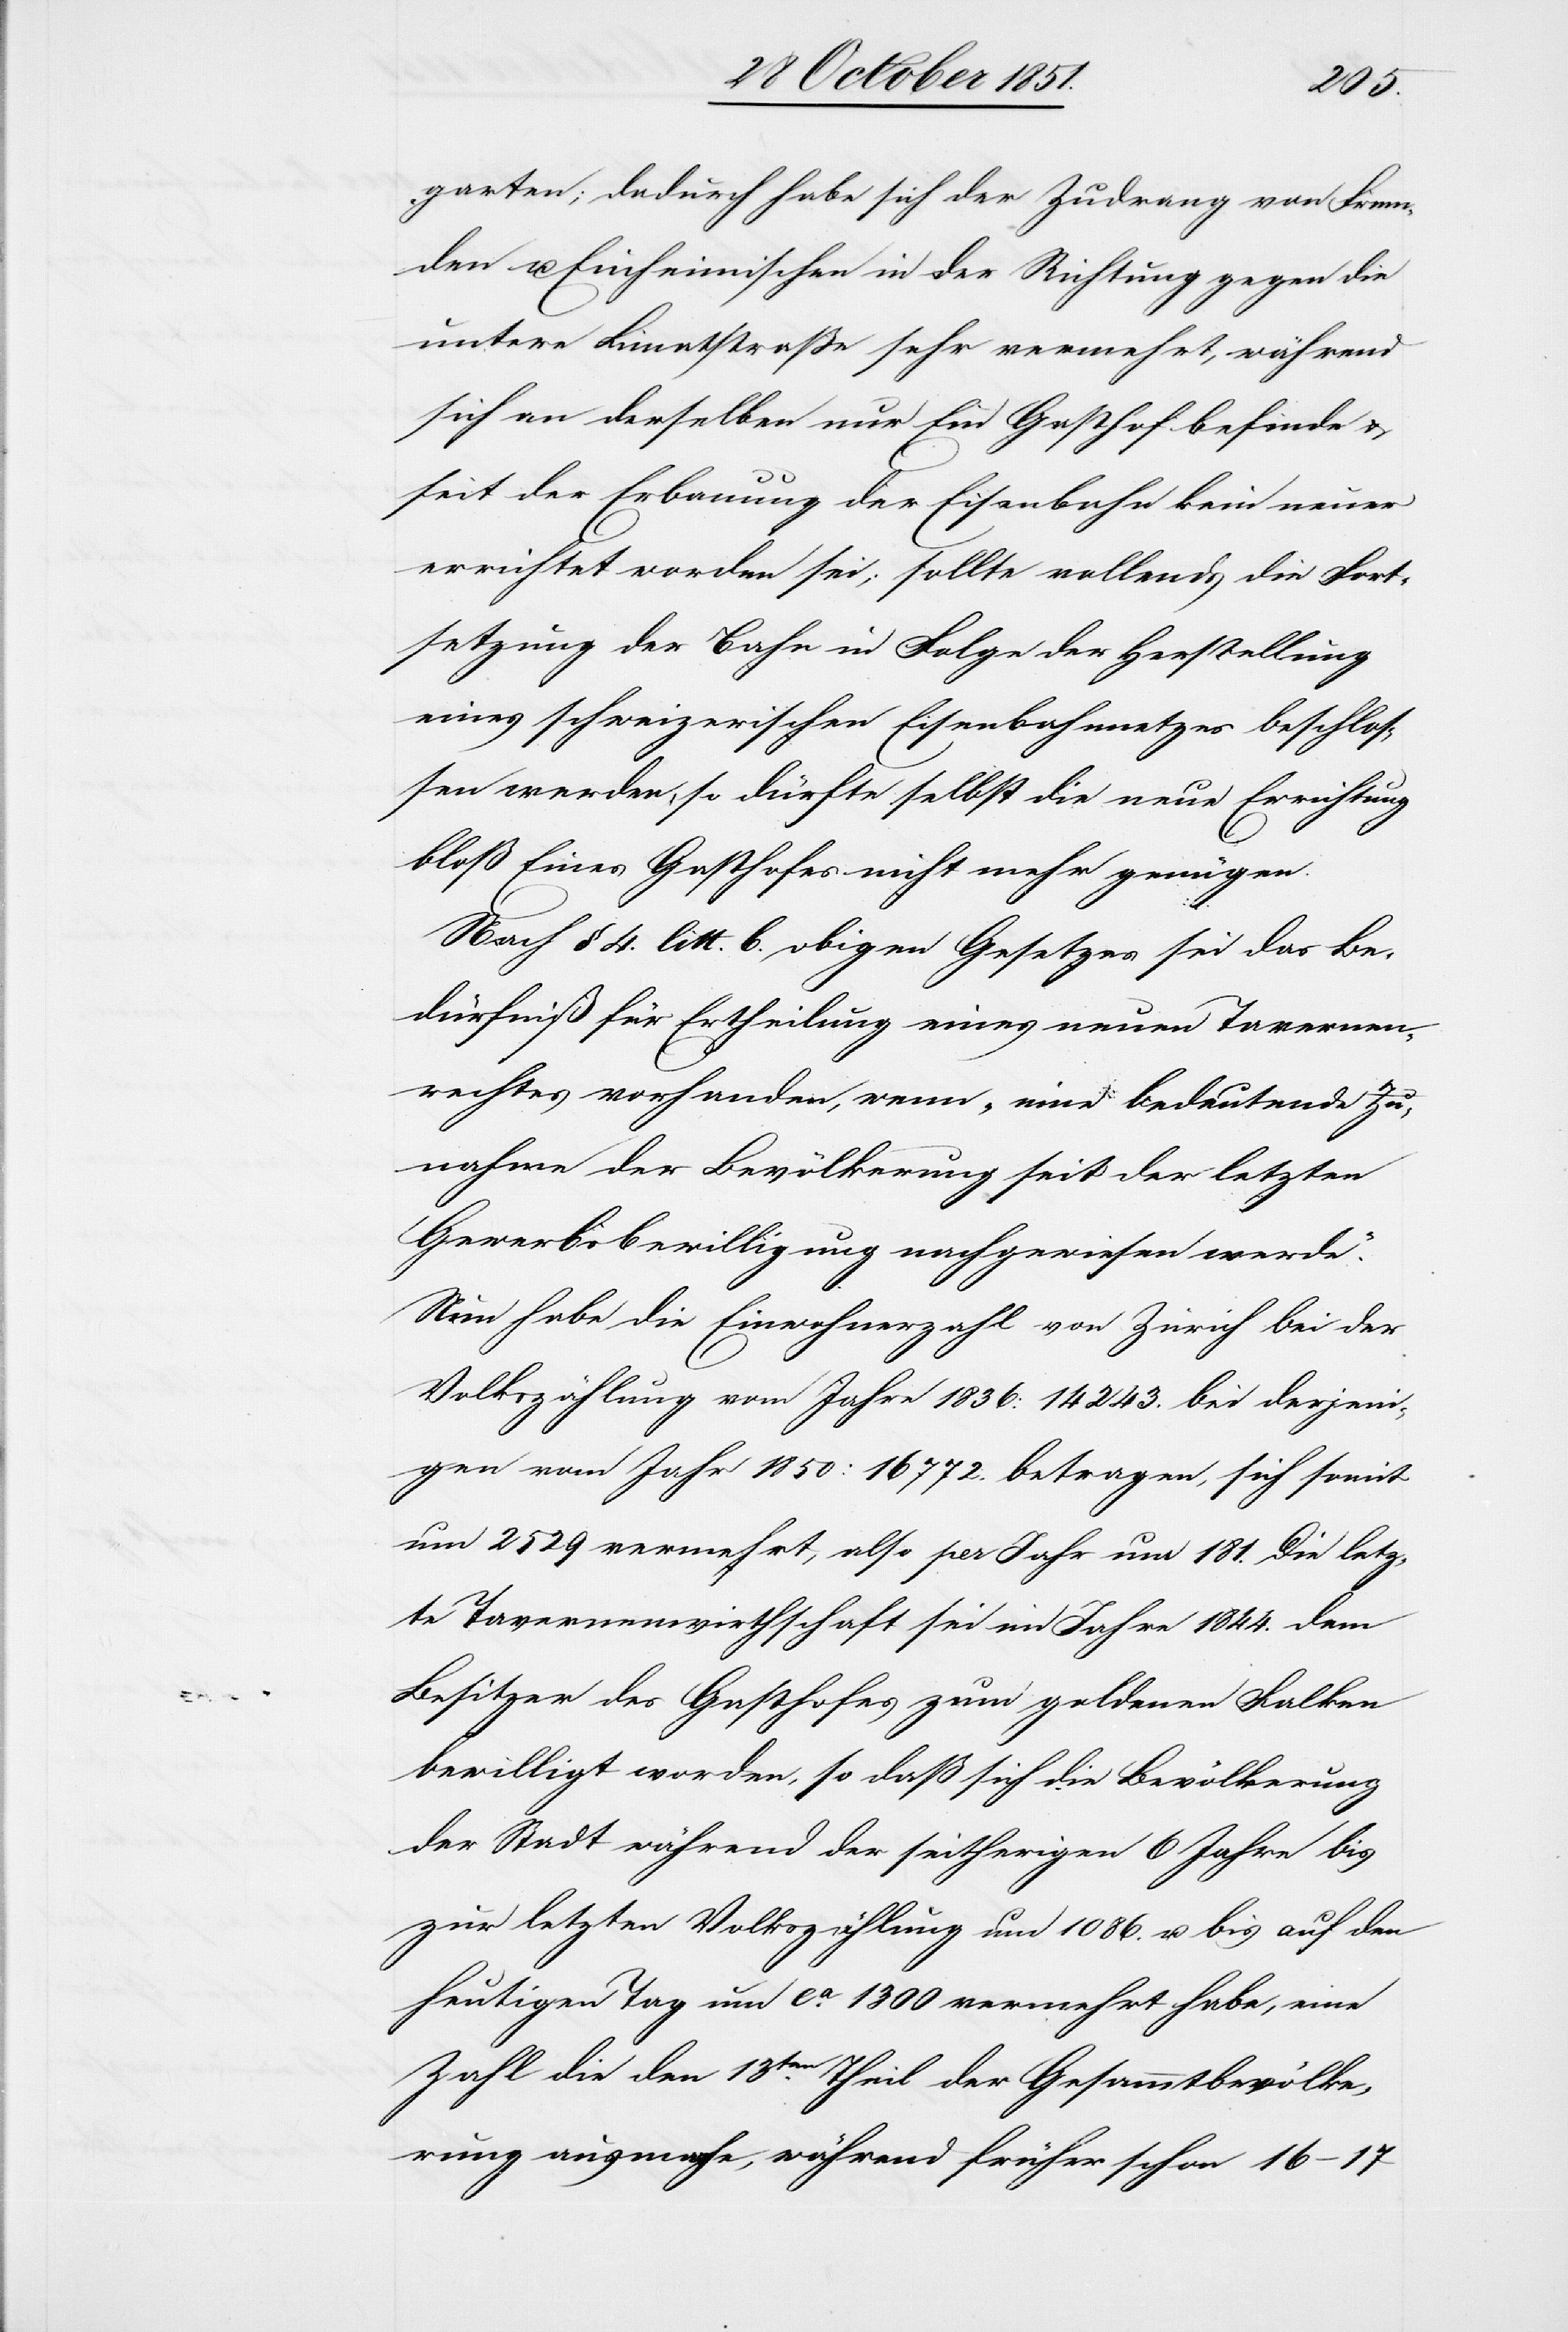
garten; dadurch habe sich der Zudrang von Frem¬
den u. Einheimischen in der Richtung gegen die
untere Limatstraße sehr vermehrt, während
sich an derselben nur Ein Gasthof befinde &
seit der Erbauung der Eisenbahn kein neuer
errichtet worden sei; sollte vollends die Fort¬
setzung der Bahn in Folge der Herstellung
eines schweizerischen Eisenbahnnetzes beschlos¬
sen werden, so dürfte selbst die neue Errichtung
bloß Eines Gasthofes nicht mehr genügen.
Nach § 4. litt. b. obigen Gesetzes sei das Be¬
dürfniß für Ertheilung eines neuen Tavernen¬
rechtes vorhanden, wenn „eine bedeutende Zu¬
nahme der Bevölkerung seit der letzten
Gewerbsbewilligung nachgewiesen werde.“
Nun habe die Einwohnerzahl von Zürich bei der
Volkszählung vom Jahre 1836: 14243. bei derjeni¬
gen vom Jahr 1850: 16772. betragen, sich somit
um 2529 vermehrt, also per Jahr um 181. Die letz¬
te Tavernenwirthschaft sei im Jahre 1844. dem
Besitzer des Gasthofes zum goldenen Falken
bewilligt worden, so daß sich die Bevölkerung
der Stadt während der seitherigen 6 Jahre bis
zur letzten Volkszählung um 1086. u. bis auf den
heutigen Tag um ca. 1300 vermehrt habe, eine
Zahl die den 13ten. Theil der Gesammtbevölke¬
rung ausmache, während früher schon 16–17